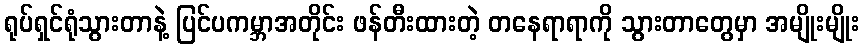
ရုပ်ရှင်ရုံသွားတာနဲ့ ပြင်ပကမ္ဘာအတိုင်း ဖန်တီးထားတဲ့ တနေရာရာကို သွားတာတွေမှာ အမျိုးမျိုး